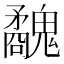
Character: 𩴢